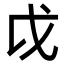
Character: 戉